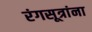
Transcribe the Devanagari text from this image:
रंगसूत्रांना